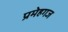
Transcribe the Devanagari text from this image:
प्रमेहगज